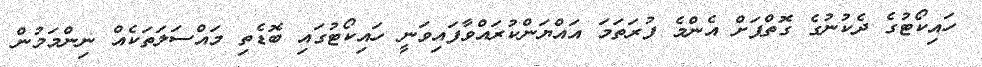
ހައިކޯޓުގެ ދެކުނުގެ ގޮތްޕަށް އެންމެ ފުރަތަމަ އައްޔަންކުރައްވާފައިވަނީ ހައިކޯޓުގައި ބޮޑެތި މައްސަލަތަކެއް ނިންމަމުން